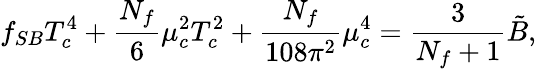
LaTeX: f_{SB}T_{c}^{4}+{\frac{N_{f}}{6}}\mu_{c}^{2}T_{c}^{2}+{\frac{N_{f}}{108\pi^{2}}}\mu_{c}^{4}={\frac{3}{N_{f}+1}}\tilde{B},